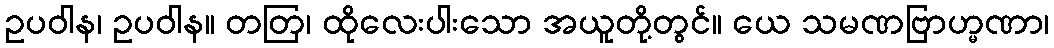
ဥပဝါန၊ ဥပဝါန။ တတြ၊ ထိုလေးပါးသော အယူတို့တွင်။ ယေ သမဏဗြာဟ္မဏာ၊